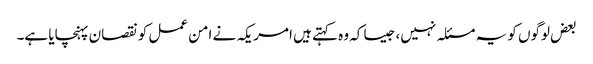
بعض لوگوں کو یہ مسئلہ نہیں، جیسا کہ وہ کہتے ہیں امریکہ نے امن عمل کو نقصان پہنچایا ہے۔